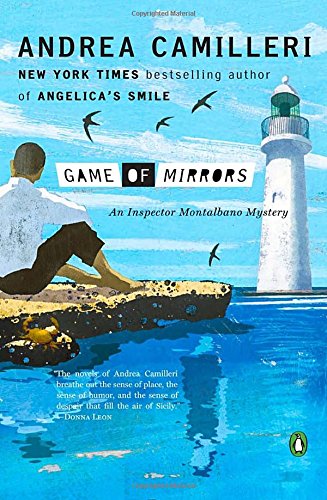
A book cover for Game of Mirrors (Inspector Montalbano); Andrea Camilleri; Mystery, Thriller & Suspense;